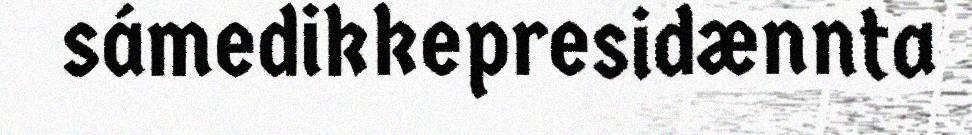
sámedikkepresidænnta